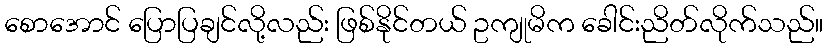
စောအောင် ပြောပြချင်လို့လည်း ဖြစ်နိုင်တယ် ဥကျုမိက ခေါင်းညိတ်လိုက်သည်။